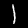
Digit: 1